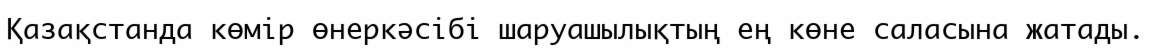
Қазақстанда көмір өнеркәсібі шаруашылықтың ең көне саласына жатады.